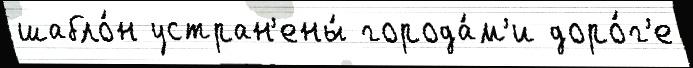
шабло́н устран'ены́ города́м'и доро́г'е